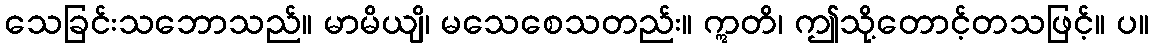
သေခြင်းသဘောသည်။ မာမိယျိ၊ မသေစေသတည်း။ ဣတိ၊ ဤသို့တောင့်တသဖြင့်။ ပ။